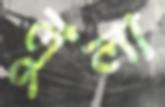
লুলা